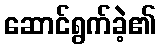
ဆောင်ရွက်ခဲ့၏